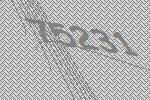
75231